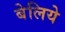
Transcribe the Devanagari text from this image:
बेलिये